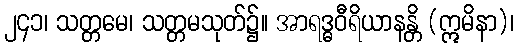
၂၄၁၊ သတ္တမေ၊ သတ္တမသုတ်၌။ အာရဒ္ဓဝီရိယာနန္တိ (ဣမိနာ)၊